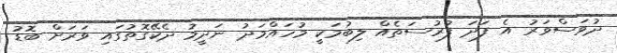
ދުވަސްވަރު އެ ފަދަ ފުރުސަތެއް ލިބުމަކީ މުހައްމަދު ނަދީމު ދެކޭގޮތުގައި ވަރަށް ބޮޑު